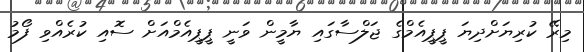
މިރޭ ކުރިޔަށްދިޔަ ޕީޕީއެމްގެ ޖަލްސާގައި ޔާމީން ވަނީ ޕީޕީއެމްއަށް ސޮއި ކުރެއްވި ފޯމު